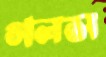
গলস